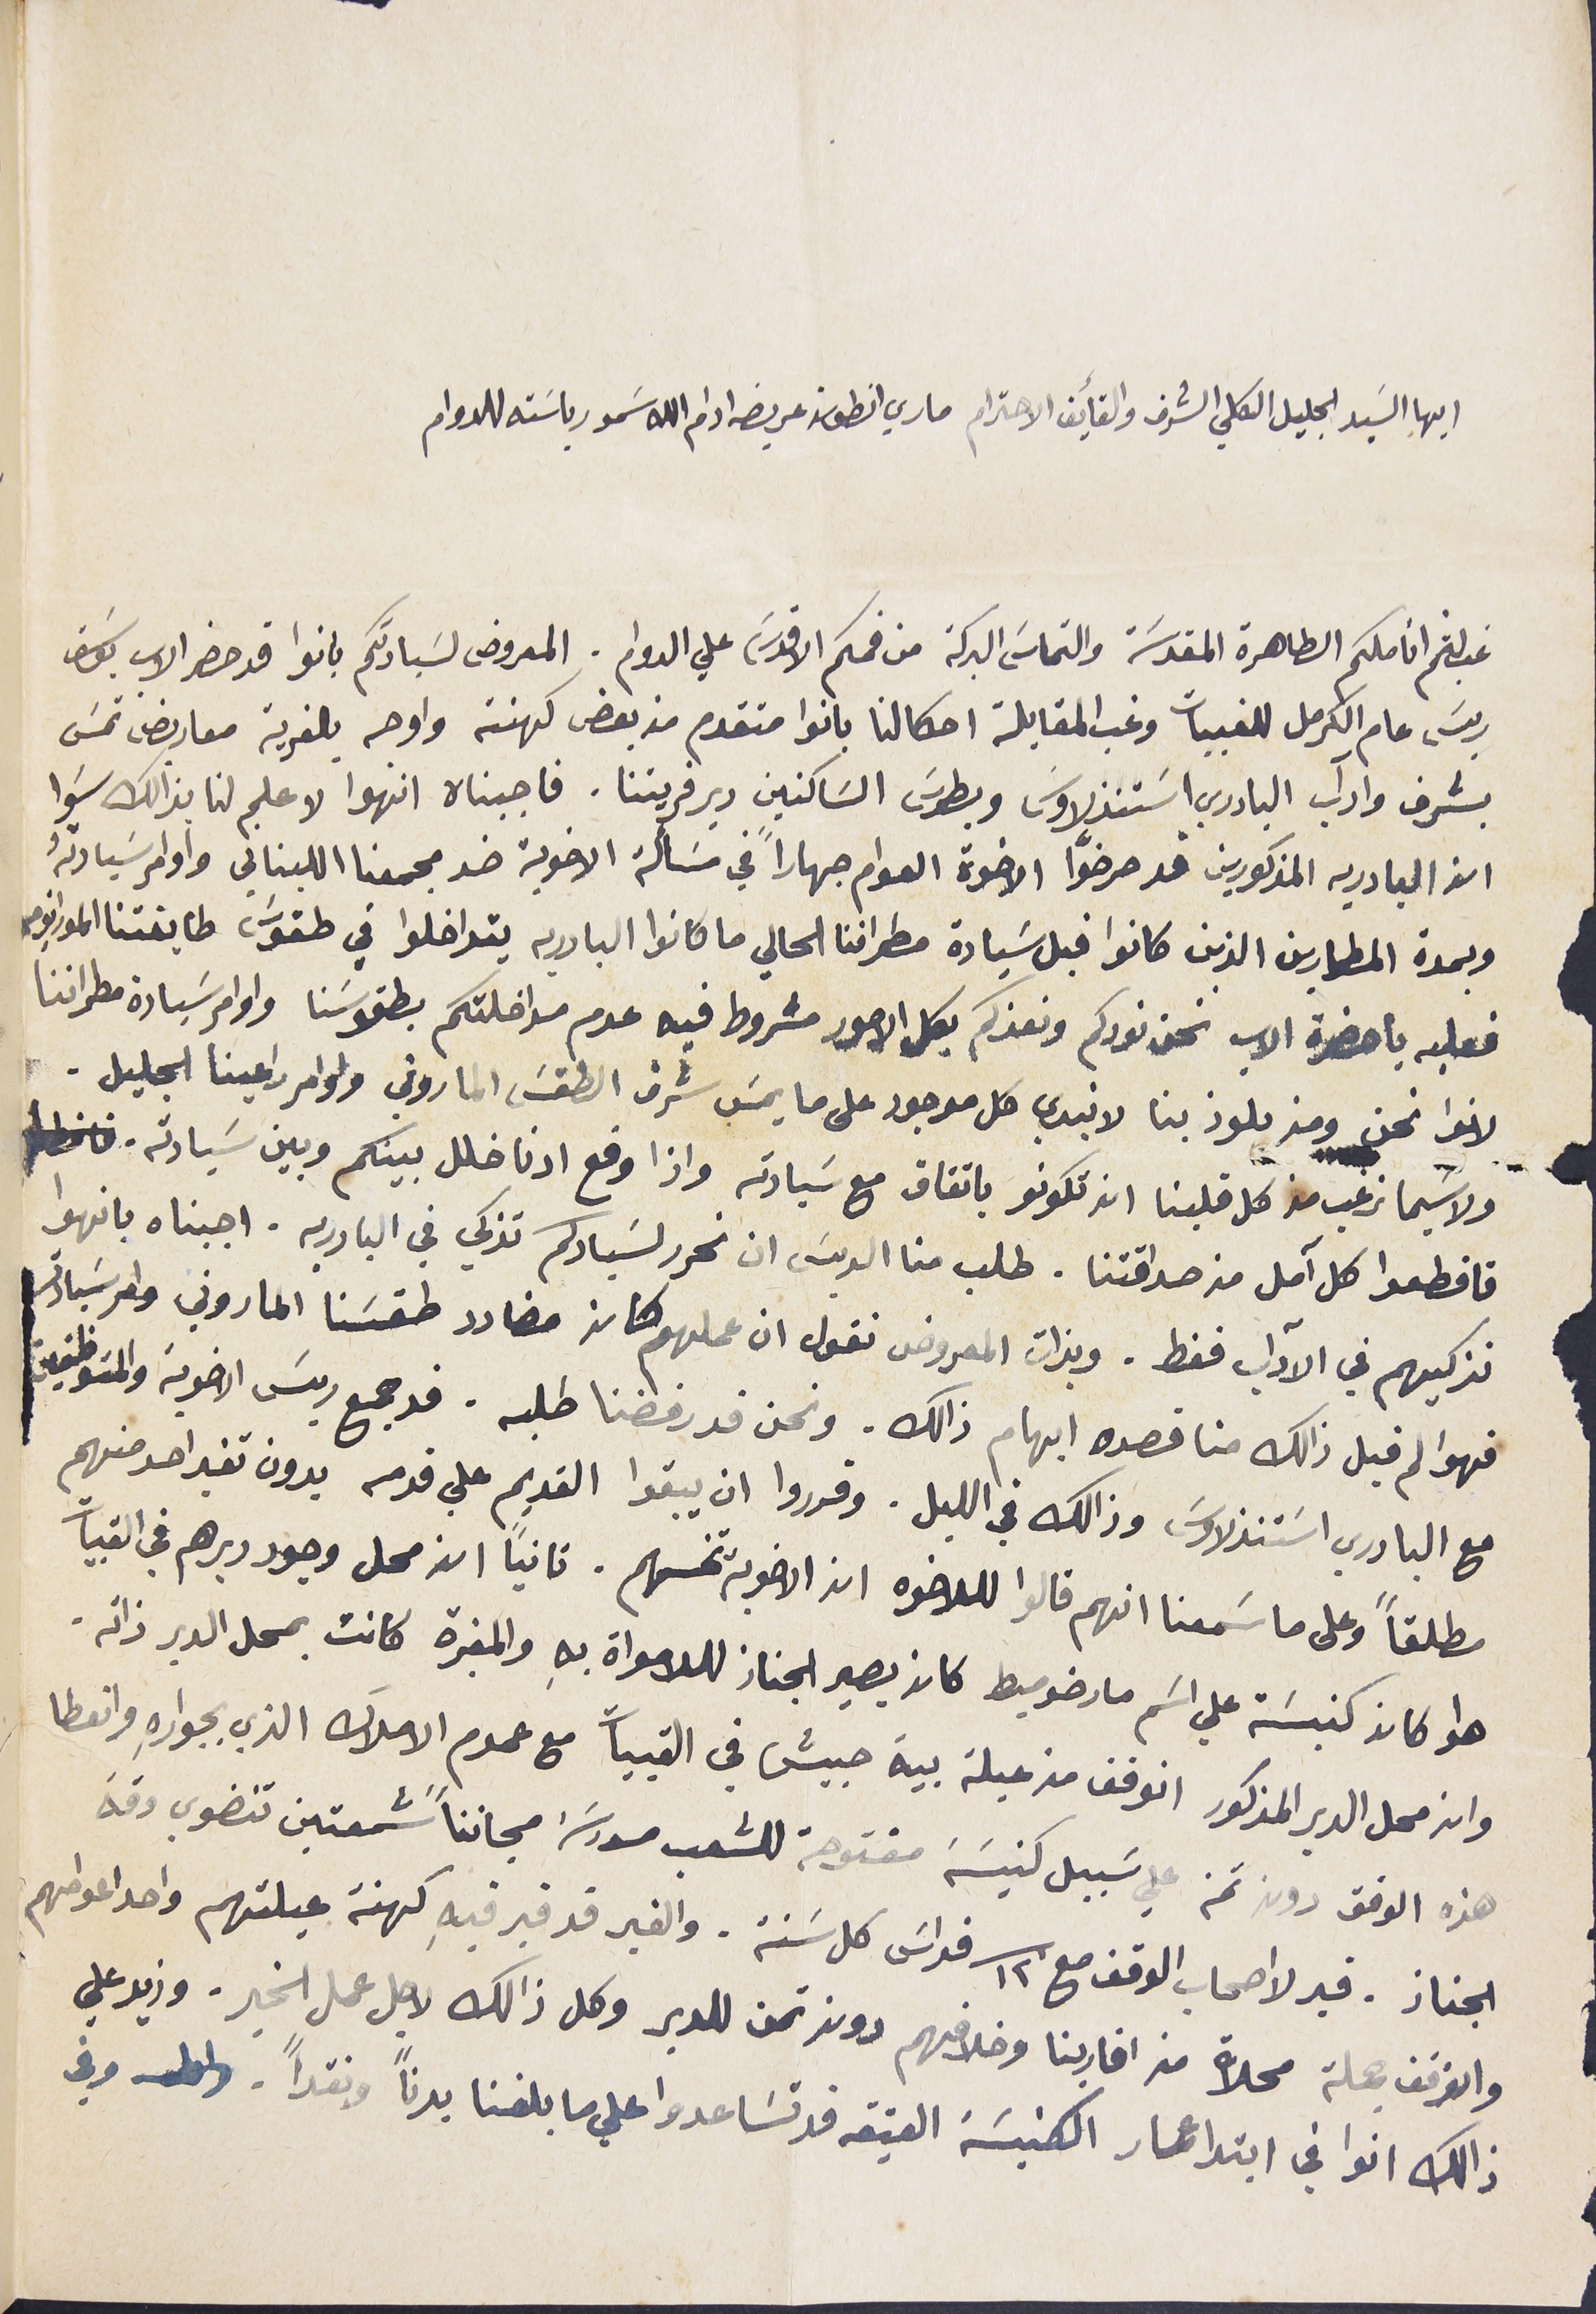
ايها السَيد الجليل الكلي الشرف والفأيق الاحترام ماري انطون عريضه ادام الله سَمو رياسَته للدوام
غب لثم اناملكم الطاهرة المقدسَة والتماسَ البركة من فمكم الاقدسَ علي الدوام. المعروض لسَيادتكم بانوا قد حضر الاب يوسَف
 ريسَ عام الكرمل للقبيات وغب المقابلة احكالنا بانوا متقدم من بعض كهنته واوجه بالقرية معاريض تمسَ
بشرف وادآب البادري اسَتنذلاوسَ وبطرسَ السَاكنين دير قريتنا. فاجبناه انهوا لا علم لنا بذالك سَوا
ان البادريه المذكورين قد حرضوا الاخوة العوام جهاراً في مسَألة الاخوية ضد مجمعنا اللبناني واومر سَيادتهُ
وبمدة المطارين الذين كانوا قبل سَيادة مطراننا الحالي ما كانوا البادريه يتداخلوا في طقوسَ طابفتنا الموارني
فعليه يا حضرة الاب نحن نودكم ونعزكم بكل الامور مشروط فيه عدم مداخلتكم بطقوسَنا واوامر سَيادة مطراننا
 لانوا نحن ومن يلوذ بنا لا نبدي كل موجود على ما يمسَ شرف الطقسَ الماروني واوامر راعينا الجليل.
ولا سيما نرغب من كل قلبنا انه تكونو باتفاق مع سَيادته واذا وقع ادنا خلل بينكم وبين سَيادته .
فاقطعوا كل آمل من صداقتنا. طلب منا الريسَ ان نحرر لسَيادكم تذكي في البادريه. اجبناه بانهوا
نزكيهم في الآداب فقط. وبذات المعروض نقول ان عملهم كان مضادد طقسَنا الماروني وامر سَيادتكم
فهو لم قبل ذالك منا قصده ابهام ذالك . ونحن قد رفضنا طلبه. قد جمع ريسَ الاخوية والموظفين
مع البادري اسَتنذلاوسَ وذالك في الليل. وقرروا ان يبقوا القديم على قدمه بدون تغير احد منهم
 مطلقاً وعلى ما سَمعنا انهم قالوا للاخوه ان الاخوية تحسنهم. ثانياً ان محل وجود ديرهم في القبيات
هوا كان كنيسَة على اسَم مار ضوميط كان يصير الجناز للامواة بهِ والمقبرة كانت بمحل الدير ذاته.
وان محل الدير المذكور انوقف من عيلة بية حبيش في القبيات مع عموم الاملاك الذي بجوارهِ وانعطا
هذه الوقف دون ثمن علي سَبيل كنيسَة مفتوحة للشعب مدرسَة مجانناً شمعتين تنضوي وقة
 الجناز. قبر لااصحاب الوقف مع ١٢ قداسَ كل سَنة. والقبر قد قبر فيهِ كهنة عيلتهم واحد اعوامهم
والوقف جملة محلاة من اقاربنا وخلافهم دونه ثمن للدير وكل ذلك لاجل عمل الخير. وذيد علي
 ذالك انوا في ابتدا عمار الكنيسَة العتيقه قد تسَاعدوا علي ما بلغنا بدنًا ونقدًا. وفي